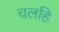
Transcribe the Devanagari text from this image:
चलहि